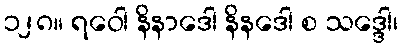
၁၂၈။ ရဝေါ နိနာဒေါ နိနဒေါ စ သဒ္ဒေါ၊